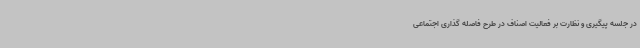
در جلسه پیگیری و نظارت بر فعالیت اصناف در طرح فاصله گذاری اجتماعی